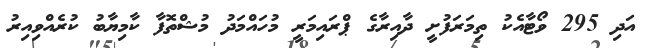
އަދި 295 ވޯޓާއެކު ތިމަރަފުށީ ދާއިރާގެ ޕްރައިމަރީ މުހައްމަދު މުޝްތޮފާ ކާމިޔާބު ކުރެއްވިއިރު